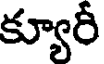
క్యూరీ